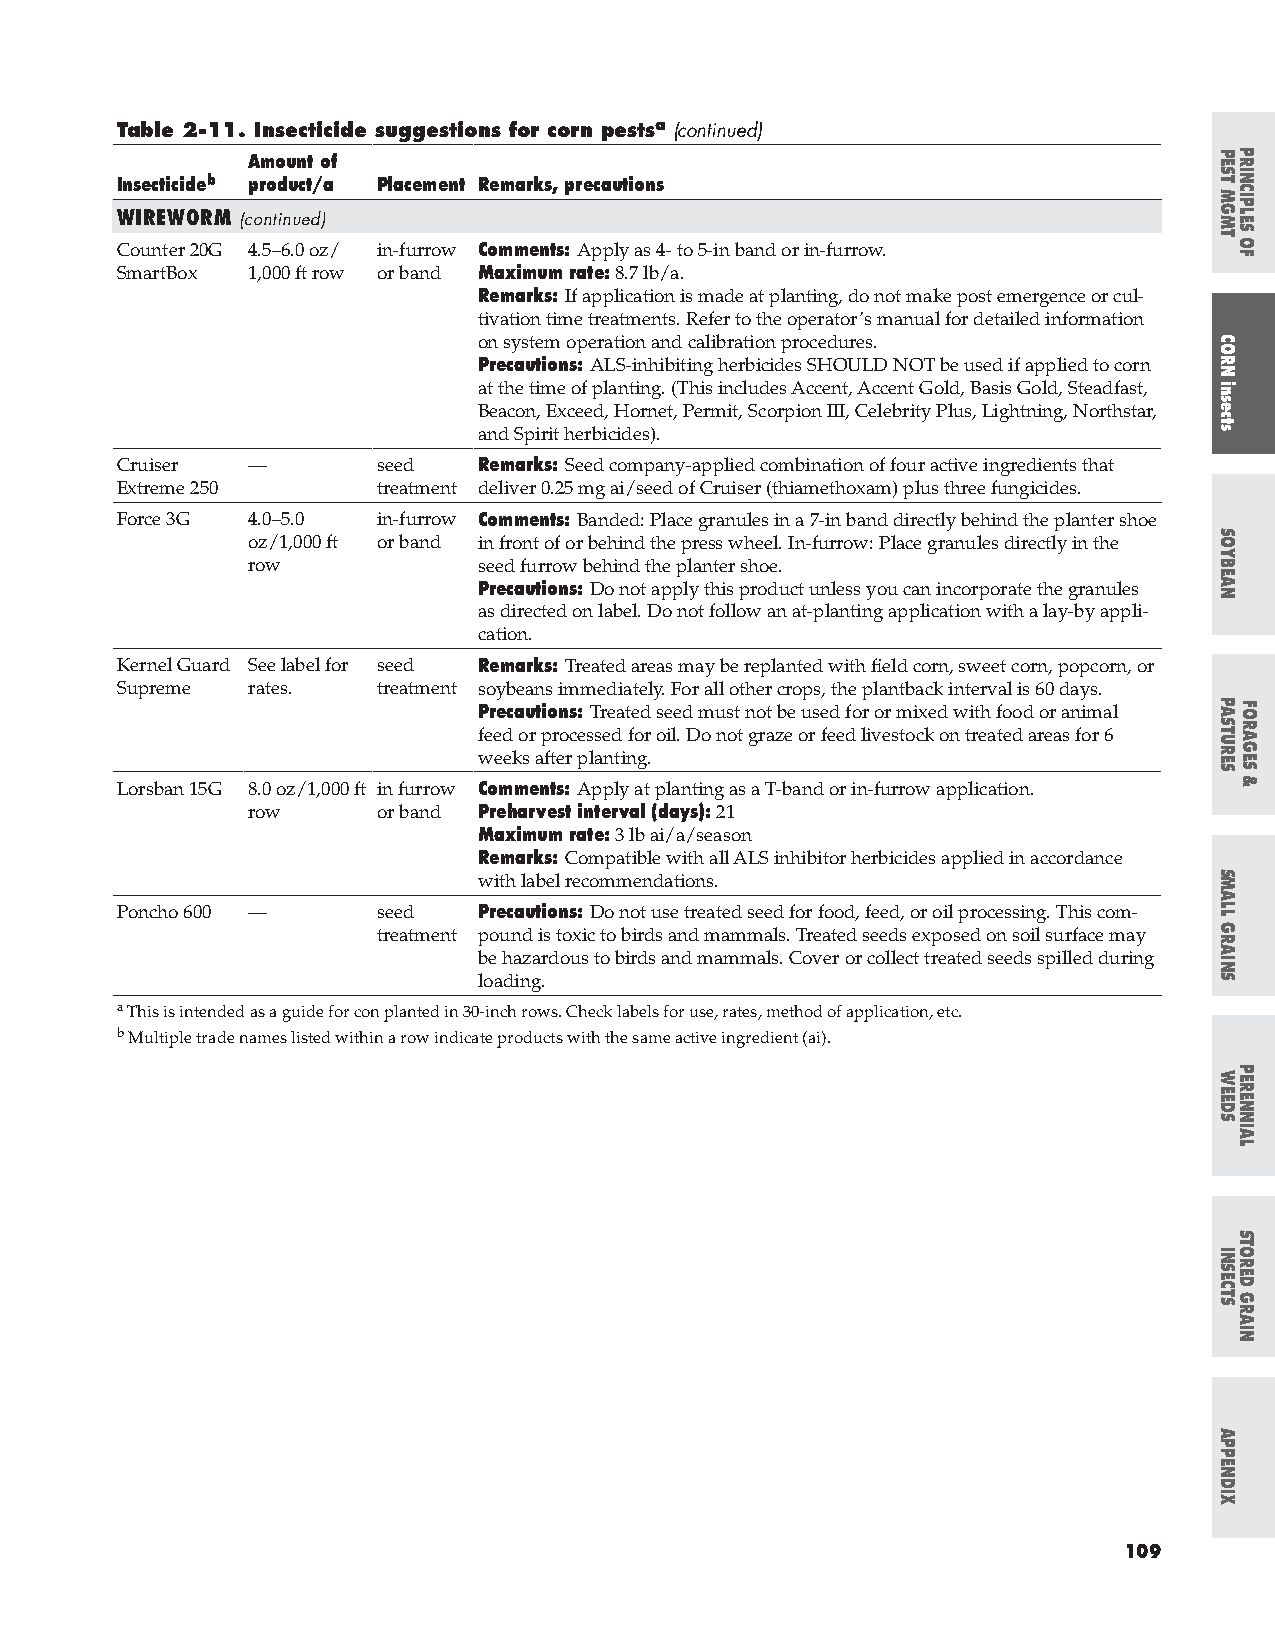
Table 2-11. Insecticide suggestions for corn pestsa (continued)
 Amount of
 Insecticideb product/a Placement Remarks, precautions
 WIREWORM (continued)
 Counter 20G 4.5–6.0 oz/ in-furrow Comments: Apply as 4- to 5-in band or in-furrow.
 SmartBox 1,000 ft row or band Maximum rate: 8.7 lb/a.
 Remarks: If application is made at planting, do not make post emergence or cul-
 tivation time treatments. Refer to the operator’s manual for detailed information
 on system operation and calibration procedures.
 Precautions: ALS-inhibiting herbicides SHOULD NOT be used if applied to corn
 at the time of planting. (This includes Accent, Accent Gold, Basis Gold, Steadfast,
 Beacon, Exceed, Hornet, Permit, Scorpion III, Celebrity Plus, Lightning, Northstar,
 and Spirit herbicides).
 Cruiser —        seed   Remarks: Seed company-applied combination of four active ingredients that
 Extreme 250      treatment deliver 0.25 mg ai/seed of Cruiser (thiamethoxam) plus three fungicides.
 Force 3G 4.0–5.0 in-furrow Comments: Banded: Place granules in a 7-in band directly behind the planter shoe
 oz/1,000 ft or band in front of or behind the press wheel. In-furrow: Place granules directly in the
 row             seed furrow behind the planter shoe.
 Precautions: Do not apply this product unless you can incorporate the granules
 as directed on label. Do not follow an at-planting application with a lay-by appli-
 cation.
 Kernel Guard See label for seed Remarks: Treated areas may be replanted with field corn, sweet corn, popcorn, or
 Supreme rates.   treatment soybeans immediately. For all other crops, the plantback interval is 60 days.
 Precautions: Treated seed must not be used for or mixed with food or animal
 feed or processed for oil. Do not graze or feed livestock on treated areas for 6
 weeks after planting.
 Lorsban 15G 8.0 oz/1,000 ft in furrow Comments: Apply at planting as a T-band or in-furrow application.
 row      or band Preharvest interval (days): 21
 Maximum rate: 3 lb ai/a/season
 Remarks: Compatible with all ALS inhibitor herbicides applied in accordance
 with label recommendations.
 Poncho 600 —     seed   Precautions: Do not use treated seed for food, feed, or oil processing. This com-
 treatment pound is toxic to birds and mammals. Treated seeds exposed on soil surface may
 be hazardous to birds and mammals. Cover or collect treated seeds spilled during
 loading.
 a This is intended as a guide for con planted in 30-inch rows. Check labels for use, rates, method of application, etc.
 b Multiple trade names listed within a row indicate products with the same active ingredient (ai).
 109
 PEST
 MGMT
 CORN
 insects
 SOYBEAN
 PASTURES
 SMALL
 GRAINS
 WEEDS
 INSECTS
 APPENDIX
 PRINCIPLES
 OF
 FORAGES
 &
 PERENNIAL
 STORED
 GRAIN